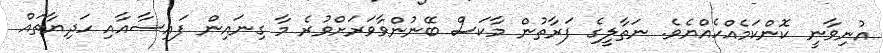
އުނިވާނީ ކޮންކަމެއްހެއްޔެވެ. ނަތާލީގެ ފަރާތުން މާކަސް ބޭނުންވާވަރަށްވުރެ މާ ގިނައިން ފައިސާއާއި ހަދިޔާތައް